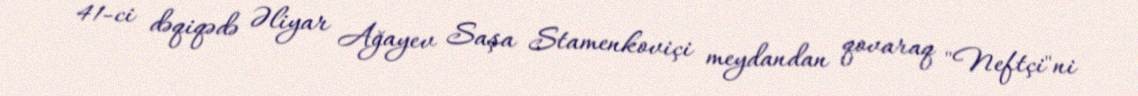
41-ci dəqiqədə Əliyar Ağayev Saşa Stamenkoviçi meydandan qovaraq "Neftçi"ni